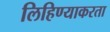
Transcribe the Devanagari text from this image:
लिहिण्याकरता